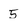
Character: 5